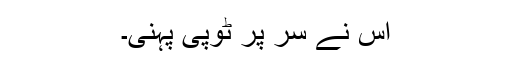
اس نے سر پر ٹوپی پہنی۔